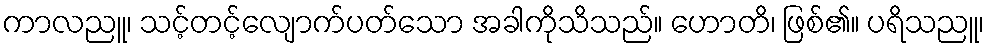
ကာလညူ၊ သင့်တင့်လျောက်ပတ်သော အခါကိုသိသည်။ ဟောတိ၊ ဖြစ်၏။ ပရိသညူ၊